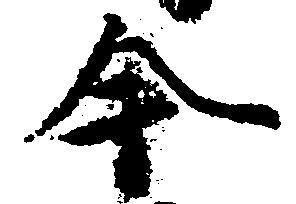
今